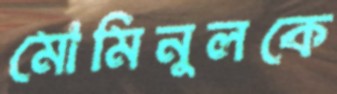
মোমিনুলকে